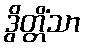
ဒွိတ္တိံသာ